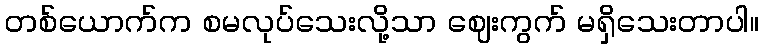
တစ်ယောက်က စမလုပ်သေးလို့သာ ဈေးကွက် မရှိသေးတာပါ။